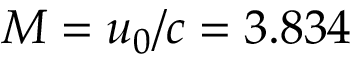
M = u _ { 0 } / c = 3 . 8 3 4